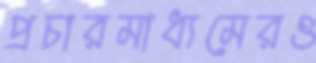
প্রচারমাধ্যমেরও